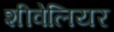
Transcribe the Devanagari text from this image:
शीवेलियर